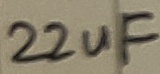
Text: 22uF